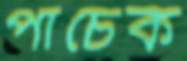
পাঁচেক